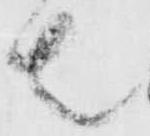
者